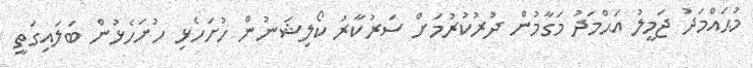
މުޙައްމަދު ޖަމީލު އަޙްމަދު މަގާމުން ދުރުކުރުމަށް ސަރުކާރު ކޯލިޝަނުން ހުށަހެޅި ހުށަހެޅުން ބަލައިގަތީ